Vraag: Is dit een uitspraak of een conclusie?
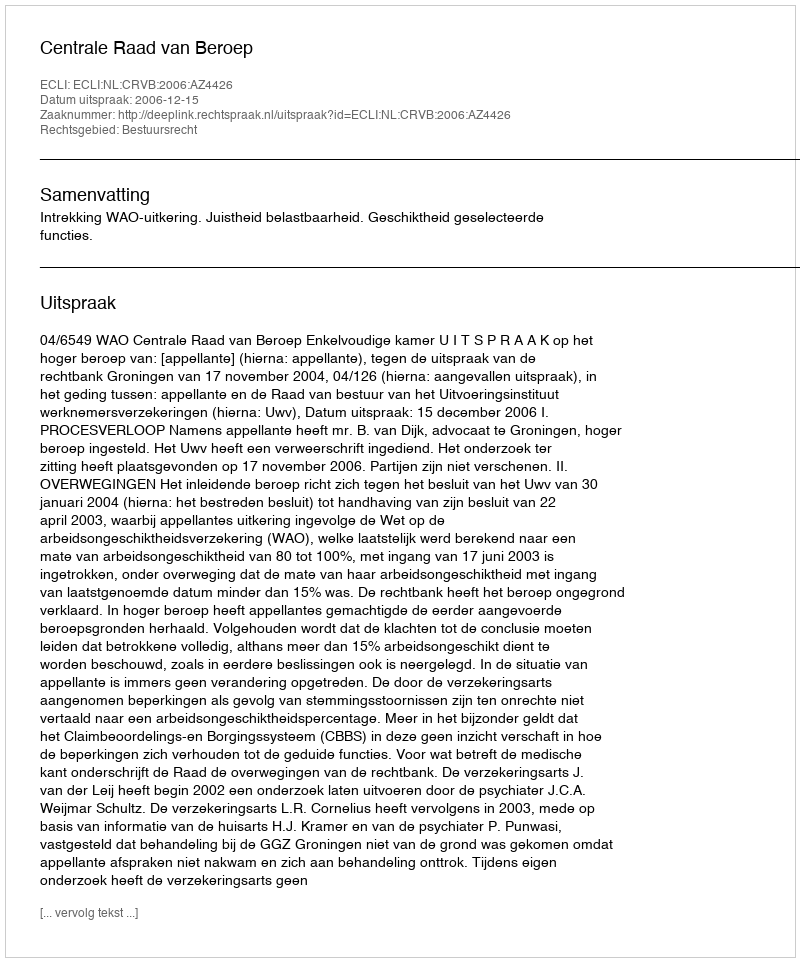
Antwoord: Uitspraak